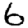
Digit: 6